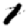
Digit: 1